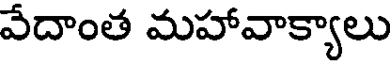
వేదాంత మహావాక్యాలు